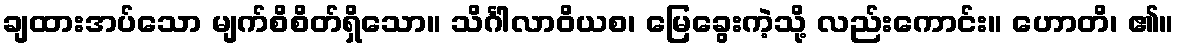
ချထားအပ်သော မျက်စိစိတ်ရှိသော။ သိင်္ဂါလာဝိယစ၊ မြေခွေးကဲ့သို့ လည်းကောင်း။ ဟောတိ၊ ၏။